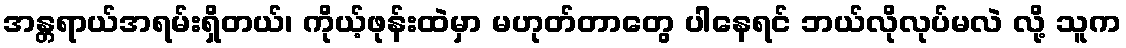
အန္တရာယ်အရမ်းရှိတယ်၊ ကိုယ့်ဖုန်းထဲမှာ မဟုတ်တာတွေ ပါနေရင် ဘယ်လိုလုပ်မလဲ လို့ သူက